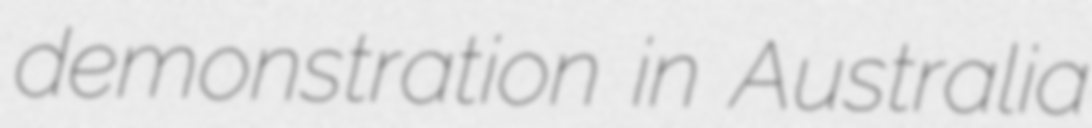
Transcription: demonstration in Australia